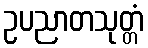
ဥပညာတသုတ္တံ